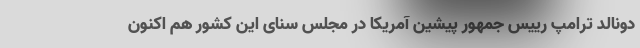
دونالد ترامپ رییس جمهور پیشین آمریکا در مجلس سنای این کشور هم اکنون